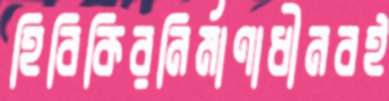
হিবিকিরনির্মাণাধীনবই